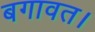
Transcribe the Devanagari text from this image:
बगावत।